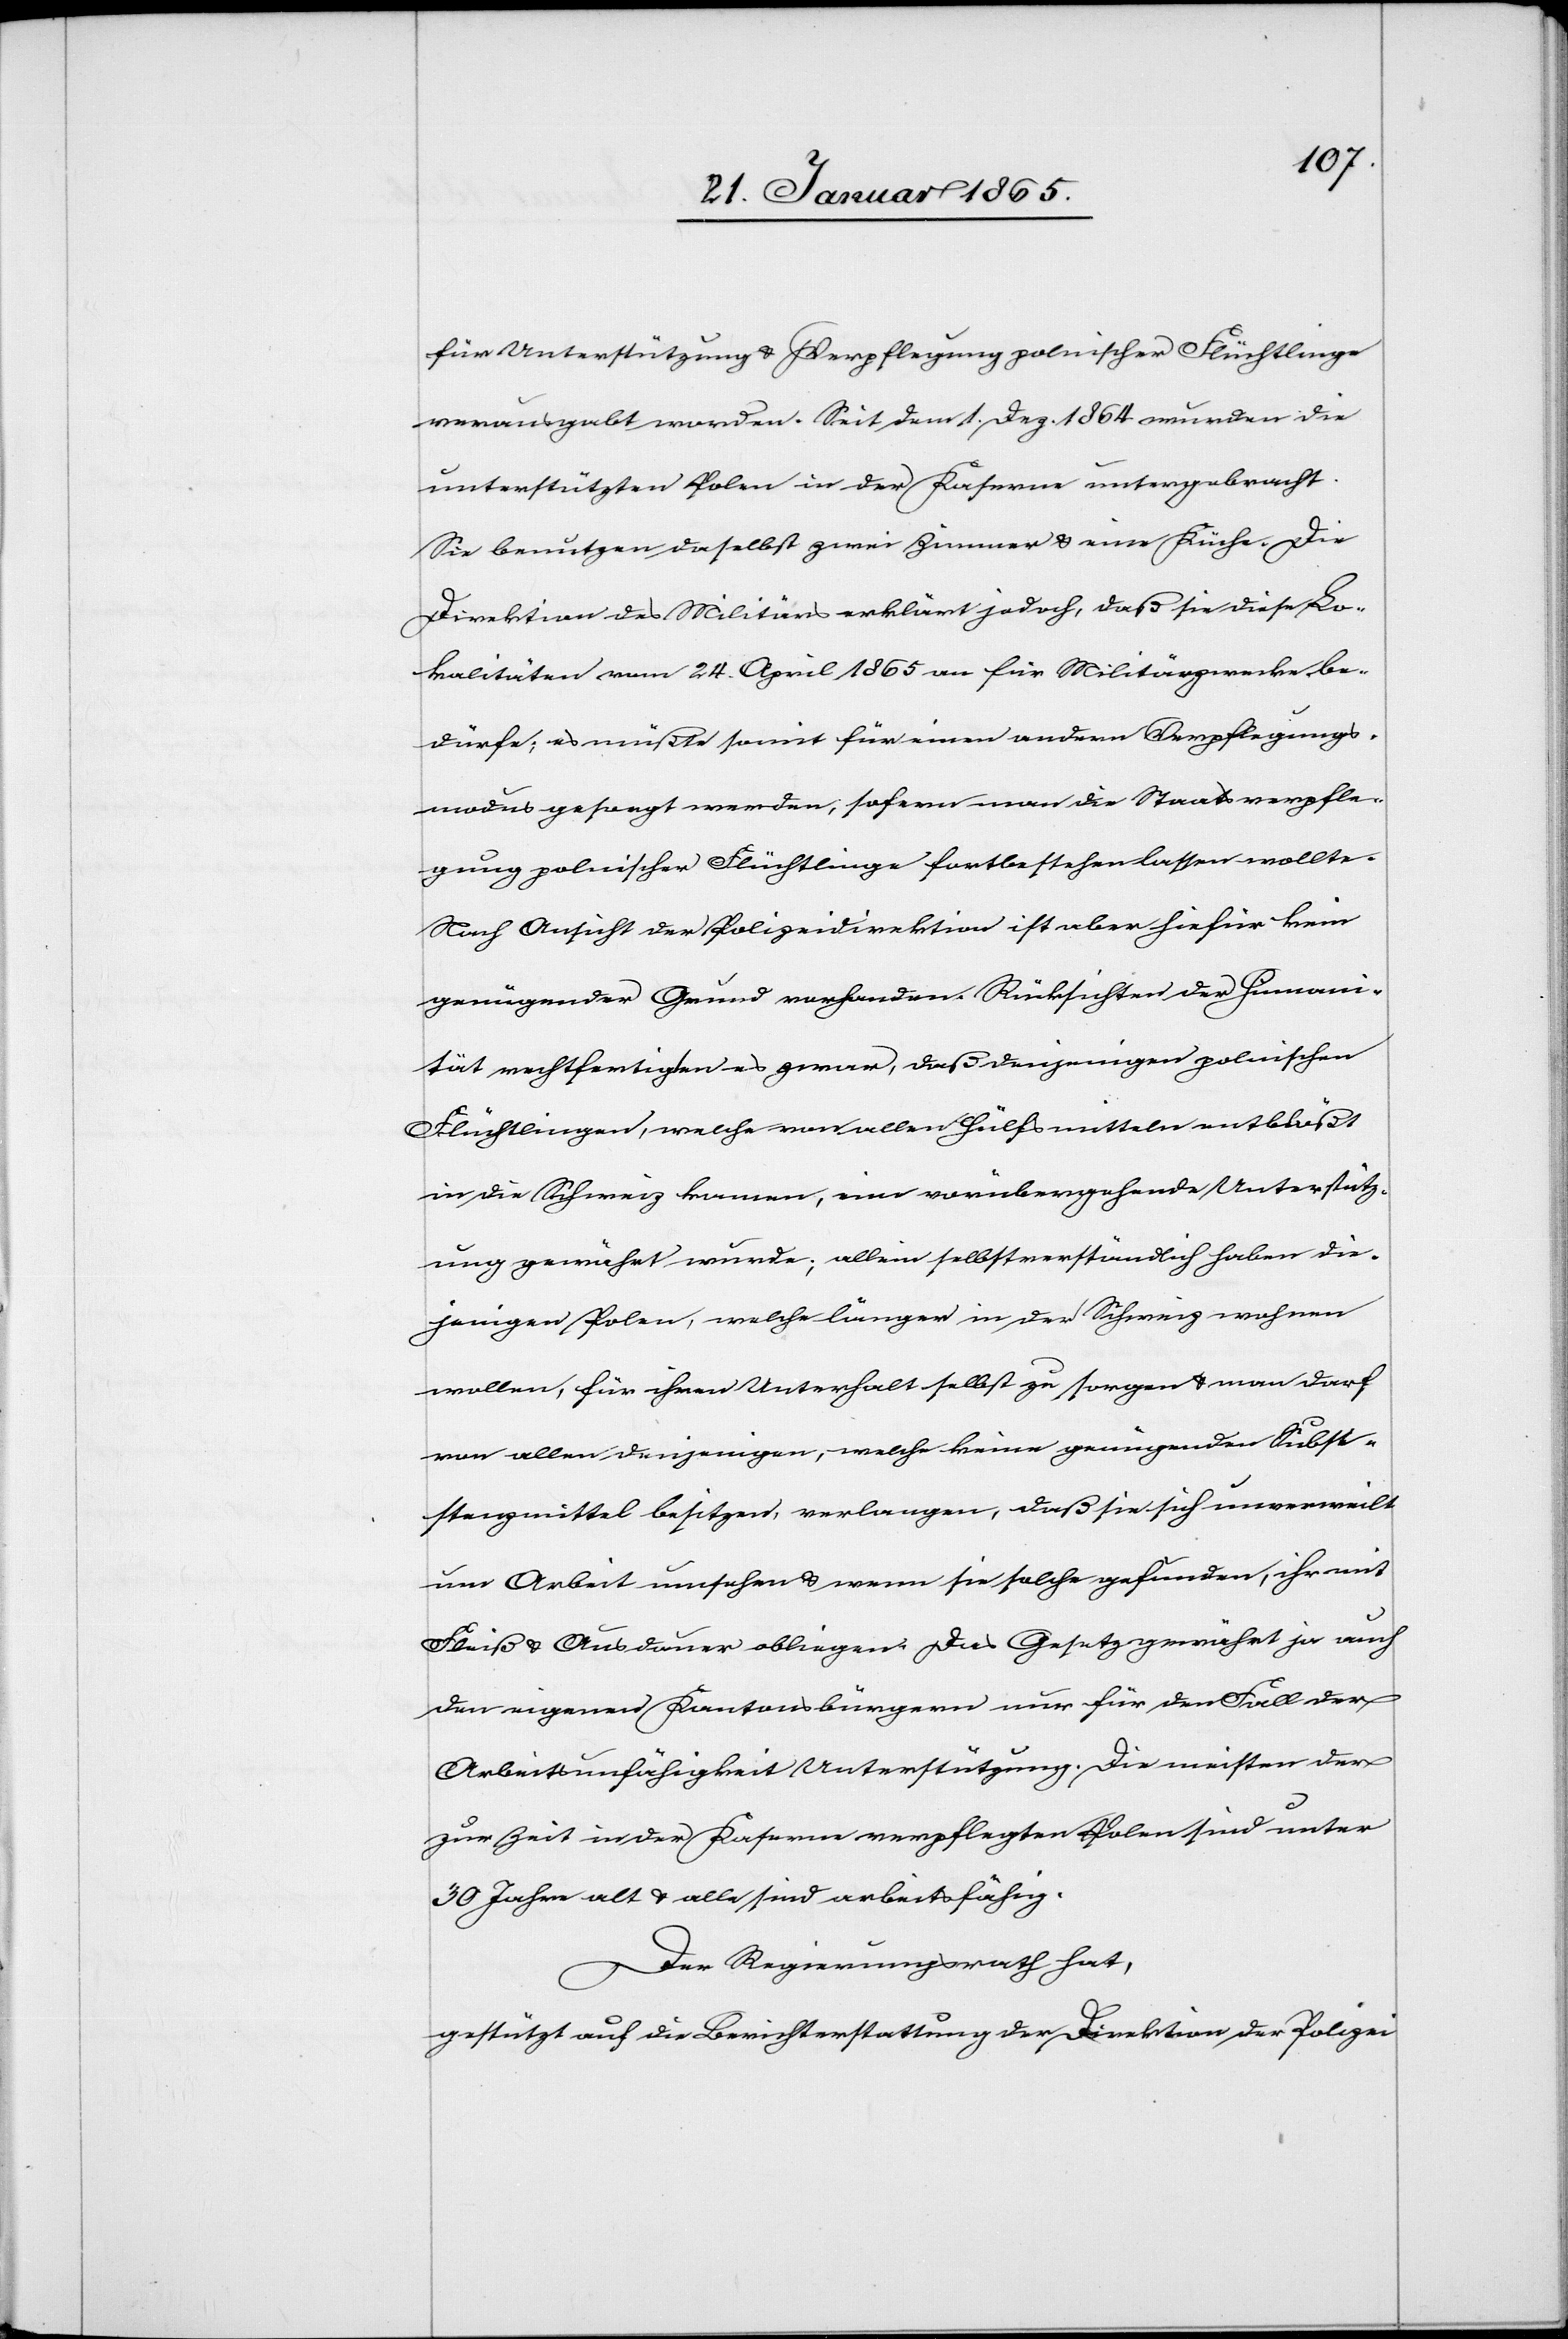
für Unterstützung u. Verpflegung polnischer Flüchtlinge
verausgabt worden. Seit dem 1. Dez. 1864 wurden die
unterstützten Polen in der Kaserne untergebracht.
Sie benutzen daselbst zwei Zimmer u. eine Küche. Die
Direktion des Militärs erklärt jedoch, daß sie diese Lo¬
kalitäten vom 24. April 1865 an für Militärzwecke be¬
dürfe; es müßte somit für einen andern Verpflegungs¬
modus gesorgt werden, sofern man die Staatsverpfle¬
gung polnischer Flüchtlinge fortbestehen lassen wollte.
Nach Ansicht der Polizeidirektion ist aber hiefür kein
genügender Grund vorhanden. Rücksichten der Humani¬
tät rechtfertigen es zwar, daß denjenigen polnischen
Flüchtlingen, welche von allen Hülfsmitteln entblößt
in die Schweiz kamen, eine vorübergehende Unterstütz¬
ung gewährt wurde; allein selbstverständlich haben die¬
jenigen Polen, welche länger in der Schweiz wohnen
wollen, für ihren Unterhalt selbst zu sorgen u. man darf
von allen denjenigen, welche keine genügenden Subsi¬
stenzmittel besitzen, verlangen, daß sie sich unverweilt
um Arbeit umsehen u. wenn sie solche gefunden, ihr mit
Fleiß u. Ausdauer obliegen. Das Gesetz gewährt ja auch
den eigenen Kantonsbürgern nur für den Fall der
Arbeitsunfähigkeit Unterstützung. Die meisten der
zur Zeit in der Kaserne verpflegten Polen sind unter
30 Jahre alt u. alle sind arbeitsfähig.
Der Regierungsrath hat,
gestützt auf die Berichterstattung der Direktion der Polizei